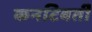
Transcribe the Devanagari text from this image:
कनटिवर्ती